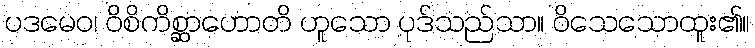
ပဒမေဝ၊ ဝိစိကိစ္ဆာဟောတိ ဟူသော ပုဒ်သည်သာ။ ဝိသေသောထူး၏။